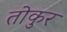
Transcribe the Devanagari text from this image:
तोकुर